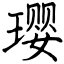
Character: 璎